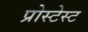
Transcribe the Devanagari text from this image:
प्रोस्टेस्ट